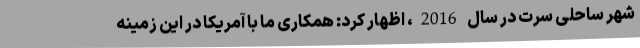
شهر ساحلی سرت در سال 2016، اظهار کرد: همکاری ما با آمریکا در این زمینه